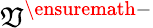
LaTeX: {\mathfrak{V}}^{\ensuremath{{-}}}